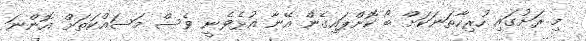
މި ރަށުގައި ހުރިހާތަނަކަށް ބޯ ކޮށްޕައިގެން އޭނާ އުޅެވެނީ ވެސް މަސައްކަތަށް އޮންނަ